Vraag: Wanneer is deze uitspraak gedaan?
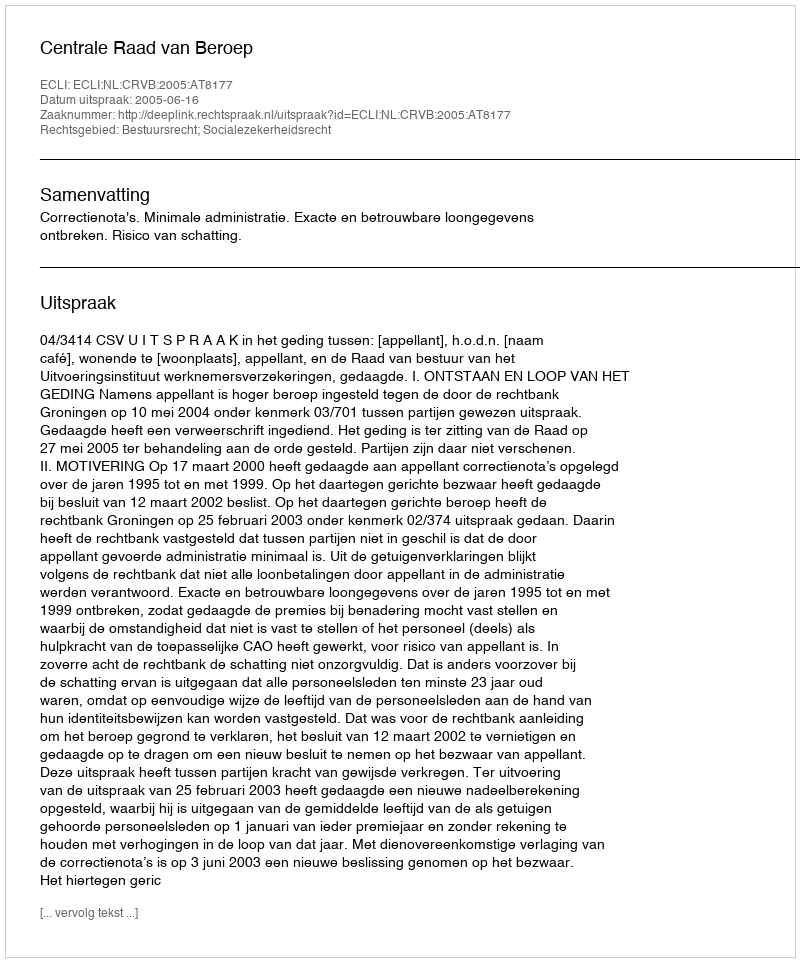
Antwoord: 2005-06-16